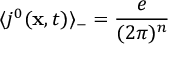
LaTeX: \langle j ^ { 0 } ( { \bf x } , t ) \rangle _ { - } = \frac { e } { ( 2 \pi ) ^ { n } }